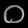
Digit: ၀